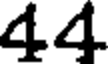
44